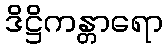
ဒိဋ္ဌိကန္တာရော